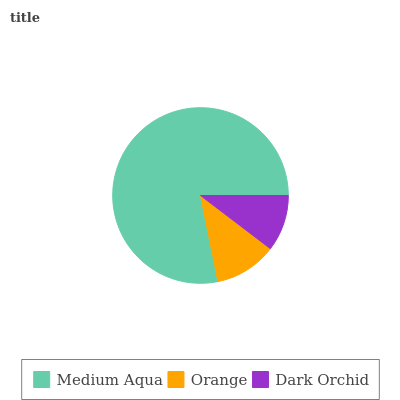
| Medium Aqua | Orange | Dark Orchid |
 | --- | --- | --- |
 | 78.2% | 11.5% | 10.4% |